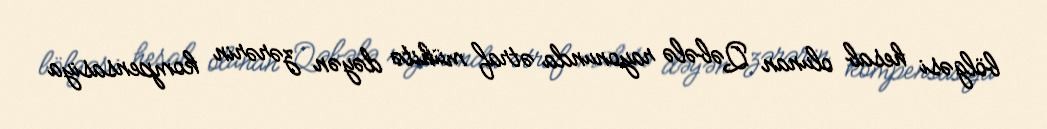
bölgəsi hesab olunan Qəbələ rayonunda ətraf mühitə dəyən zərərin kompensasiya